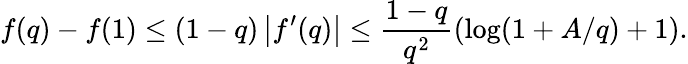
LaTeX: f(q)-f(1)\leq(1-q)\left|f^{\prime}(q)\right|\leq\frac{1-q}{q^{2}}\left(\log(1+A/q)+1\right).